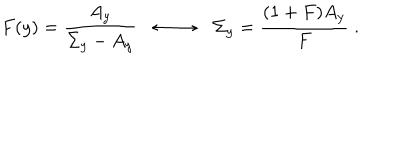
LaTeX: F ( y ) = \frac { A _ { y } } { \Sigma _ { y } - A _ { y } } \longleftrightarrow \Sigma _ { y } = \frac { ( 1 + F ) A _ { y } } { F } \; .